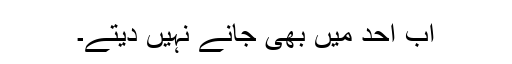
اب اُحُد میں بھی جانے نہیں دیتے۔